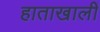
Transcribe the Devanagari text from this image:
हाताखालीं